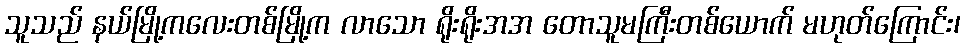
သူသည် နယ်မြို့ကလေးတစ်မြို့က လာသော ရိုးရိုးအအ တောသူမကြီးတစ်ယောက် မဟုတ်ကြောင်း၊